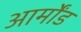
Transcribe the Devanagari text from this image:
आर्मोंड